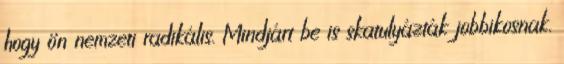
hogy ön nemzeti radikális. Mindjárt be is skatulyázták jobbikosnak.